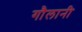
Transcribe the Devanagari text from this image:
गौलानी